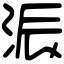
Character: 浱